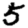
Digit: 5